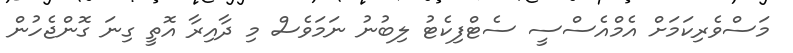
މަސްވެރިކަމަށް އެމްއެސްސީ ސެޓްފިކެޓު ލިބުނު ނަމަވެސް މި ދާއިރާ އޮތީ ގިނަ ގޮންޖެހުން